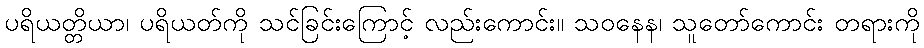
ပရိယတ္တိယာ၊ ပရိယတ်ကို သင်ခြင်းကြောင့် လည်းကောင်း။ သဝနေန၊ သူတော်ကောင်း တရားကို